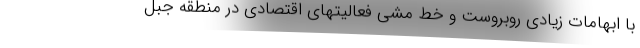
با ابهامات زیادی روبروست و خط مشی فعالیتهای اقتصادی در منطقه جبل